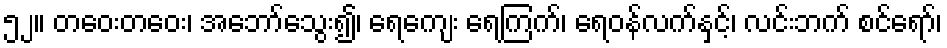
၅၂။ တဝေးတဝေး၊ အဘော်သွေး၍၊ ရေကျေး ရေကြက်၊ ရေဝန်လက်နှင့်၊ လင်းဘက် စင်ရော်၊